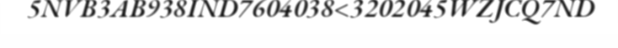
5NVB3AB938IND7604038<3202045WZJCQ7ND